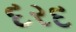
દરદ